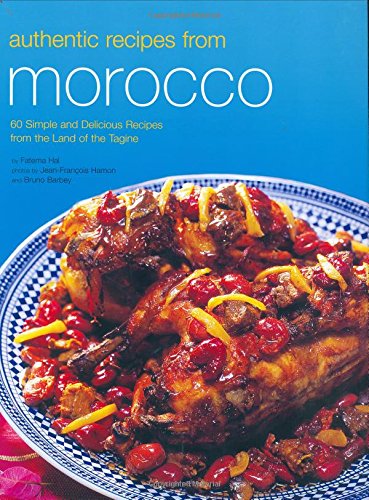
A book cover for Authentic Recipes from Morocco (Authentic Recipes Series); Fatema Hal; Cookbooks, Food & Wine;